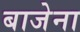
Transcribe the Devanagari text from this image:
बाजेना